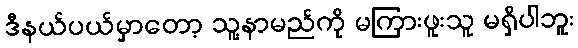
ဒီနယ်ပယ်မှာတော့ သူ့နာမည်ကို မကြားဖူးသူ မရှိပါဘူး